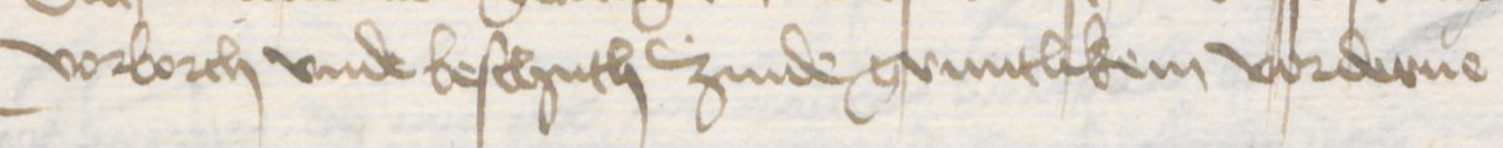
vorborch vnde beschuth zinde gruntlikem vorderue